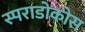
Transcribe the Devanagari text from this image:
स्पराडोकोस